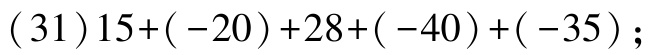
\((31)15+(-20)+28+(-40)+(-35)\);